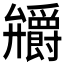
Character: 𭚞